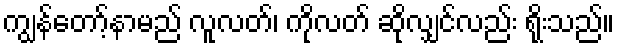
ကျွန်တော့်နာမည် လူလတ်၊ ကိုလတ် ဆိုလျှင်လည်း ရိုးသည်။